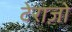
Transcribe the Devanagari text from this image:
टेराज़ो